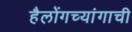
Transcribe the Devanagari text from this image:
हैलोंगच्यांगाची